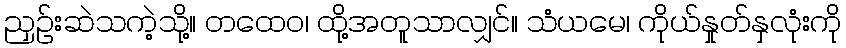
ညှဉ်းဆဲသကဲ့သို့။ တထေဝ၊ ထို့အတူသာလျှင်။ သံယမေ၊ ကိုယ်နှုတ်နှလုံးကို